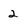
Character: 2